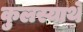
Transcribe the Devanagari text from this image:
कुलस्यार्थे